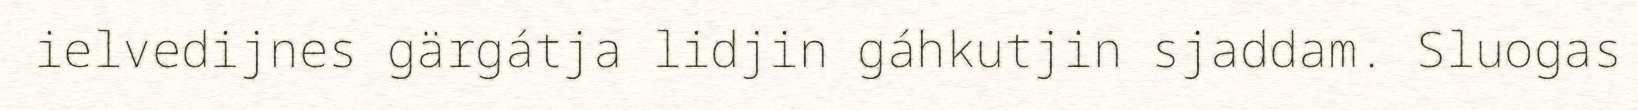
ielvedijnes gärgátja lidjin gáhkutjin sjaddam. Sluogas